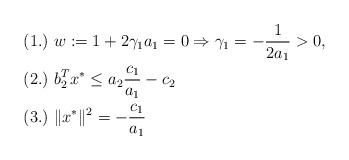
LaTeX: \begin{align*} &(1.)\ w:=1+2\gamma_1 a_1=0\Rightarrow \gamma_1=-\frac{1}{2a_1}>0,\ \ \\ &(2.)\ b_2^Tx^*\le a_{2}\frac{c_{1}}{a_{1}} -c_{2}\ \\ &(3.)\ \|x^{*}\|^{2}=-\frac{c_{1}}{a_{1}}\ \end{align*}